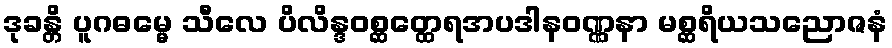
ဒုခန္တိ ပူဂဓမ္မေ သီလေ ပိလိန္ဒဝစ္ဆတ္ထေရအပဒါနဝဏ္ဏနာ မစ္ဆရိယသညောဇနံ